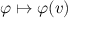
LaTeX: \varphi \mapsto \varphi ( v )